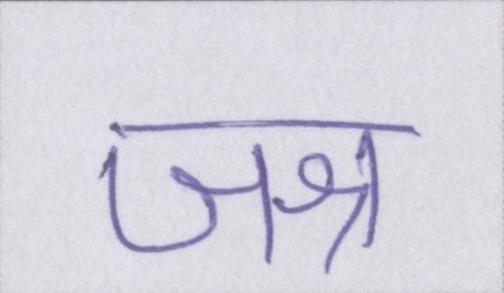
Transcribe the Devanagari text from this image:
जश्न